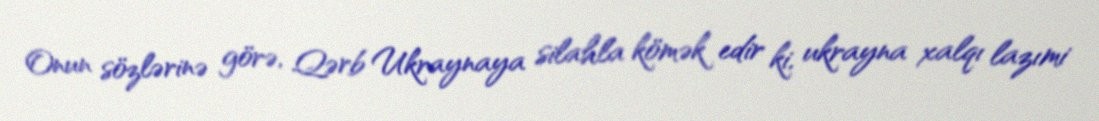
Onun sözlərinə görə, Qərb Ukraynaya silahla kömək edir ki, ukrayna xalqı lazımi